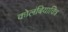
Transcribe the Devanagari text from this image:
कोलंबियाचित्र